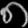
Digit: ၈